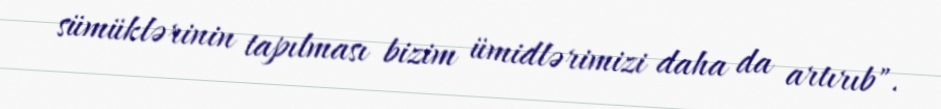
sümüklərinin tapılması bizim ümidlərimizi daha da artırıb".